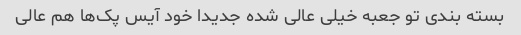
بسته بندی تو جعبه خیلی عالی شده جدیدا خود آیس پک‌ها هم عالی